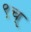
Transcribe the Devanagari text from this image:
९च्